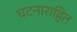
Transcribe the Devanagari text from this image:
घटनाराहित